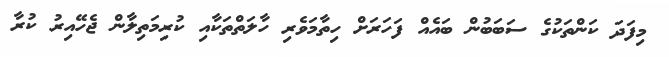
މިފަދަ ކަންތަކުގެ ސަބަބުން ބައެއް ފަހަރަށް ހިތާމަވެރި ހާލަތްތަކާއި ކުރިމަތިލާން ޖެހޭއިރު ކުރާ